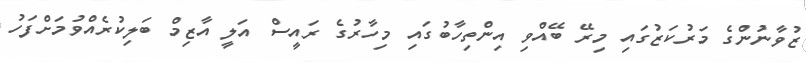
ޒުވާނުންގެ މަރުކަޒުގައި މިރޭ ބޭއްވި އިންތިހާބުގައި މިހާރުގެ ރައީސް އަލީ އާޒިމް ބަލިކުރެއްވުމަށްފަހު